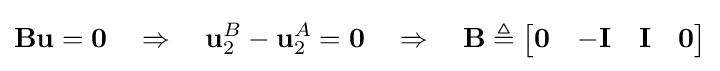
\mathbf {B} \mathbf {u} =\mathbf {0} \quad \Rightarrow \quad \mathbf {u} _{2}^{B}-\mathbf {u} _{2}^{A}=\mathbf {0} \quad \Rightarrow \quad \mathbf {B} \triangleq {\begin{bmatrix}\mathbf {0} &-\mathbf {I} &\mathbf {I} &\mathbf {0} \end{bmatrix}}